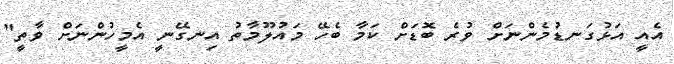
އެއީ އަޅުގަނޑުމެންނަށް ވުރެ ބޮޑަށް ކަމާ ބެހޭ މައުލޫމާތު އިނގޭނީ އެމީހުންނަށް ވާތީ"